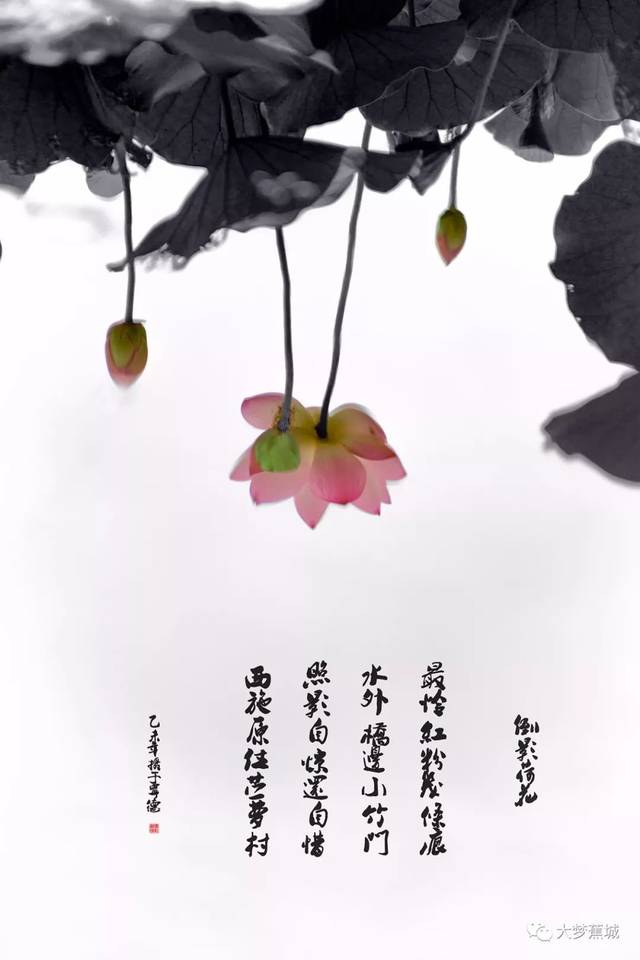
圆荷浮小叶，细麦落轻花。